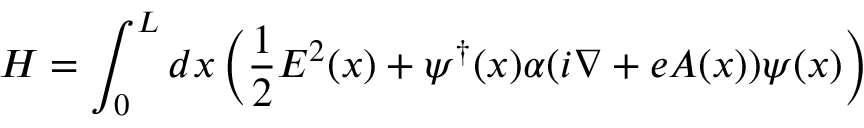
H = \int _ { 0 } ^ { L } d x \left( { \frac { 1 } { 2 } } E ^ { 2 } ( x ) + \psi ^ { \dagger } ( x ) \alpha ( i \nabla + e A ( x ) ) \psi ( x ) \right)